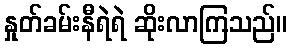
နှုတ်ခမ်းနီရဲရဲ ဆိုးလာကြသည်။